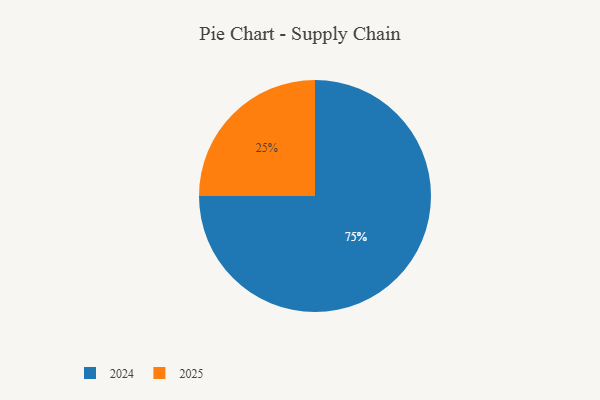
{"axis": {"x": "Category", "y": "Percentage"}, "legend": ["2024", "2025"], "data": [{"x": "2025", "y": 25, "type": "2025"}, {"x": "2024", "y": 75, "type": "2024"}]}